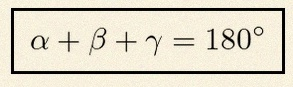
\alpha+\beta+\gamma=180^\circ